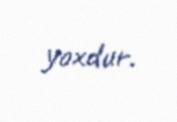
yoxdur.